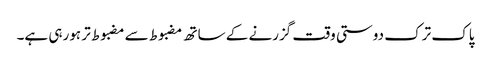
پاک ترک دوستی وقت گزرنے کے ساتھ مضبوط سے مضبوط تر ہورہی ہے۔